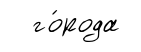
го́рода